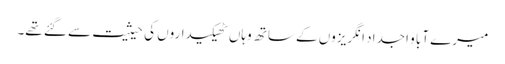
میرے آبا و اجداد انگریزوں کے ساتھ وہاں ٹھیکیداروں کی حیثیت سے گئے تھے۔